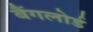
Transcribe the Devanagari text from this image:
बैंगलोर्ड